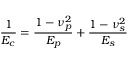
\frac { 1 } { E _ { c } } = \frac { 1 - \nu _ { p } ^ { 2 } } { E _ { p } } + \frac { 1 - \nu _ { s } ^ { 2 } } { E _ { s } }